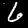
Digit: 6